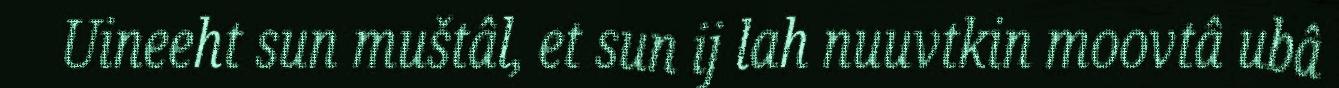
Uineeht sun muštâl, et sun ij lah nuuvtkin moovtâ ubâ